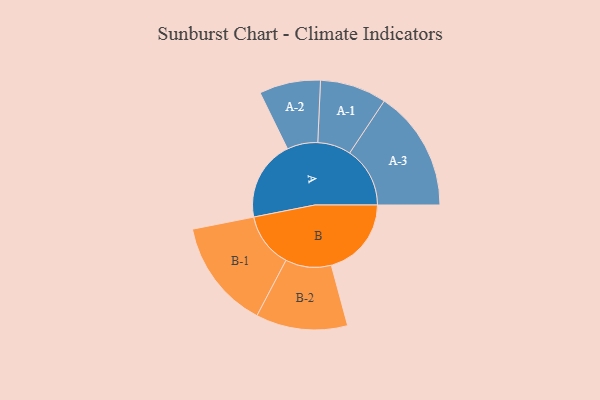
{"axis": {"x": "Segment", "y": "Value"}, "legend": ["", "A", "B"], "data": [{"x": "A", "y": 333, "type": ""}, {"x": "B", "y": 332, "type": ""}, {"x": "A-1", "y": 138, "type": "A"}, {"x": "A-2", "y": 127, "type": "A"}, {"x": "A-3", "y": 250, "type": "A"}, {"x": "B-1", "y": 227, "type": "B"}, {"x": "B-2", "y": 190, "type": "B"}]}